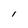
Character: l